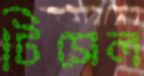
টিসেল